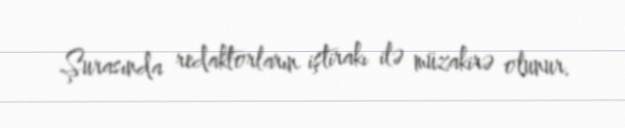
Şurasında redaktorların iştirakı ilə müzakirə olunur.